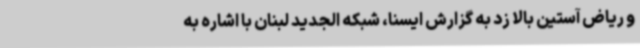
و ریاض آستین بالا زد به گزارش ایسنا، شبکه الجدید لبنان با اشاره به